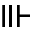
\Vvdash